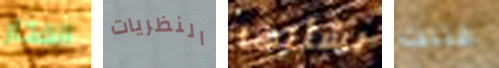
الفخار النظريات بشأنها قتلت